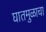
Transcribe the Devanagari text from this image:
घातमुळाचा